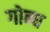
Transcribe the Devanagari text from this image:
गोन्ध